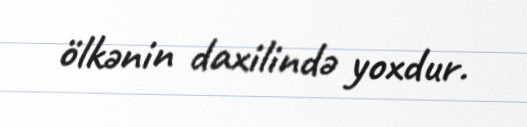
ölkənin daxilində yoxdur.